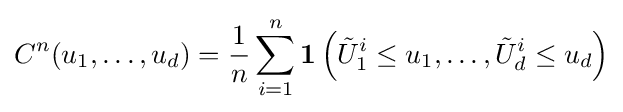
C^{n}(u_{1},\dots ,u_{d})={\frac {1}{n}}\sum _{i=1}^{n}\mathbf {1} \left({\tilde {U}}_{1}^{i}\leq u_{1},\dots ,{\tilde {U}}_{d}^{i}\leq u_{d}\right)